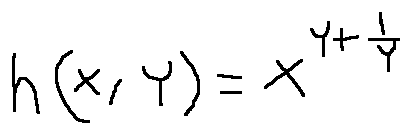
h ( x , y ) = x ^ { y + \frac { 1 } { y } }